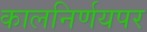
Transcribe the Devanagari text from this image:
कालनिर्णयपर